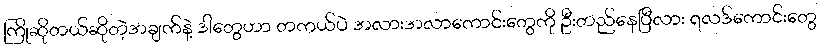
ကြိုဆိုတယ်ဆိုတဲ့အချက်နဲ့ ဒါတွေဟာ တကယ်ပဲ အလားအလာကောင်းတွေကို ဦးတည်နေပြီလား ရလဒ်ကောင်းတွေ